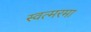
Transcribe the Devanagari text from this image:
स्वत्मरमा